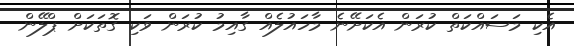
އެކި މަސައްކަތް ކުރަން އެކަށޭނެ މާހައުލެއް ގާއިމު ކުރަން ވަކި ގޮތަކަށް ޕްލޭން